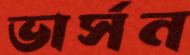
ভার্সন